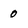
Character: 0